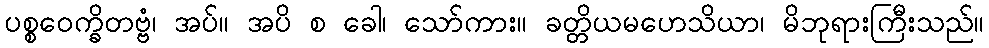
ပစ္စဝေက္ခိတဗ္ဗံ၊ အပ်။ အပိ စ ခေါ၊ သော်ကား။ ခတ္တိယမဟေသိယာ၊ မိဘုရားကြီးသည်။